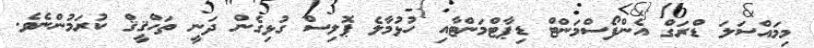
މިމައްސަލަ ޑްރަގް އެންފޯސްމަންޓް ޑިޕާޓްމަންޓާއި ހުޅުމާލެ ޕޮލިސް ގުޅިގެން ދަނީ ތަހްޤީޤް ކުރަމުންނެވެ.